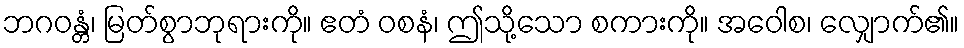
ဘဂဝန္တံ၊ မြတ်စွာဘုရားကို။ ဧတံ ဝစနံ၊ ဤသို့သော စကားကို။ အဝေါစ၊ လျှောက်၏။